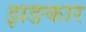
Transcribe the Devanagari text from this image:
झङकार